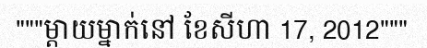
"""ម្តាយម្នាក់នៅ ខែសីហា 17, 2012"""